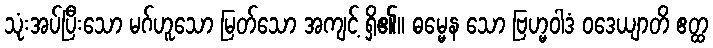
သုံးအပ်ပြီးသော မဂ်ဟူသော မြတ်သော အကျင့် ရှိ၏။ ဓမ္မေန သော ဗြဟ္မဝါဒံ ဝဒေယျာတိ ဧတ္ထ